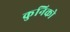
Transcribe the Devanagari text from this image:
कुनिको